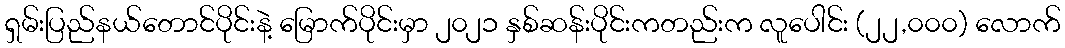
ရှမ်းပြည်နယ်တောင်ပိုင်းနဲ့ မြောက်ပိုင်းမှာ ၂၀၂၁ နှစ်ဆန်းပိုင်းကတည်းက လူပေါင်း (၂၂,၀၀၀) လောက်